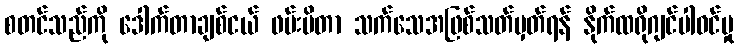
စတင်သည်ကို ဒေါက်တာချစ်ငယ် ဖမ်းမိတာ သက်သေအဖြစ်သတ်မှတ်ရန် နိုက်ထရိုဂျင်ပါဝင်မှု